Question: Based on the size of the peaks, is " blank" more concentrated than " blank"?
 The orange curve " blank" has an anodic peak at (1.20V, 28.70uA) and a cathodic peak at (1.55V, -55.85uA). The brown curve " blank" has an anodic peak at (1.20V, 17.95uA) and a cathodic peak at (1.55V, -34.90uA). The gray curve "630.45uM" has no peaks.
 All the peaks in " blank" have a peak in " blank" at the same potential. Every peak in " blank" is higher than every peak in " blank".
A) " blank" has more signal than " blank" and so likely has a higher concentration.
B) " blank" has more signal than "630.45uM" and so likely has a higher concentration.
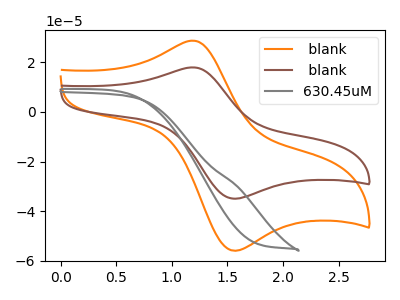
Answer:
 <answer>A) " blank" has more signal than " blank" and so likely has a higher concentration.</answer>
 <eval>A</eval>